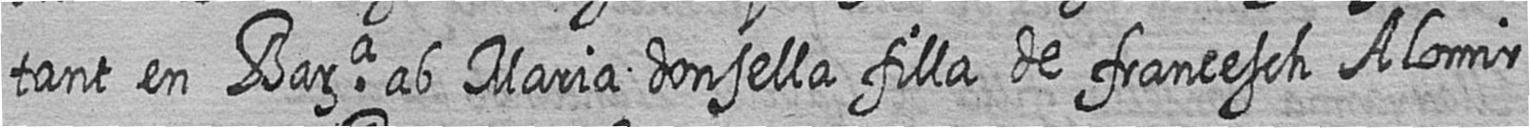
tant en Bara ab Maria donsella filla de francesch Alomir